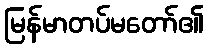
မြန်မာတပ်မတော်၏